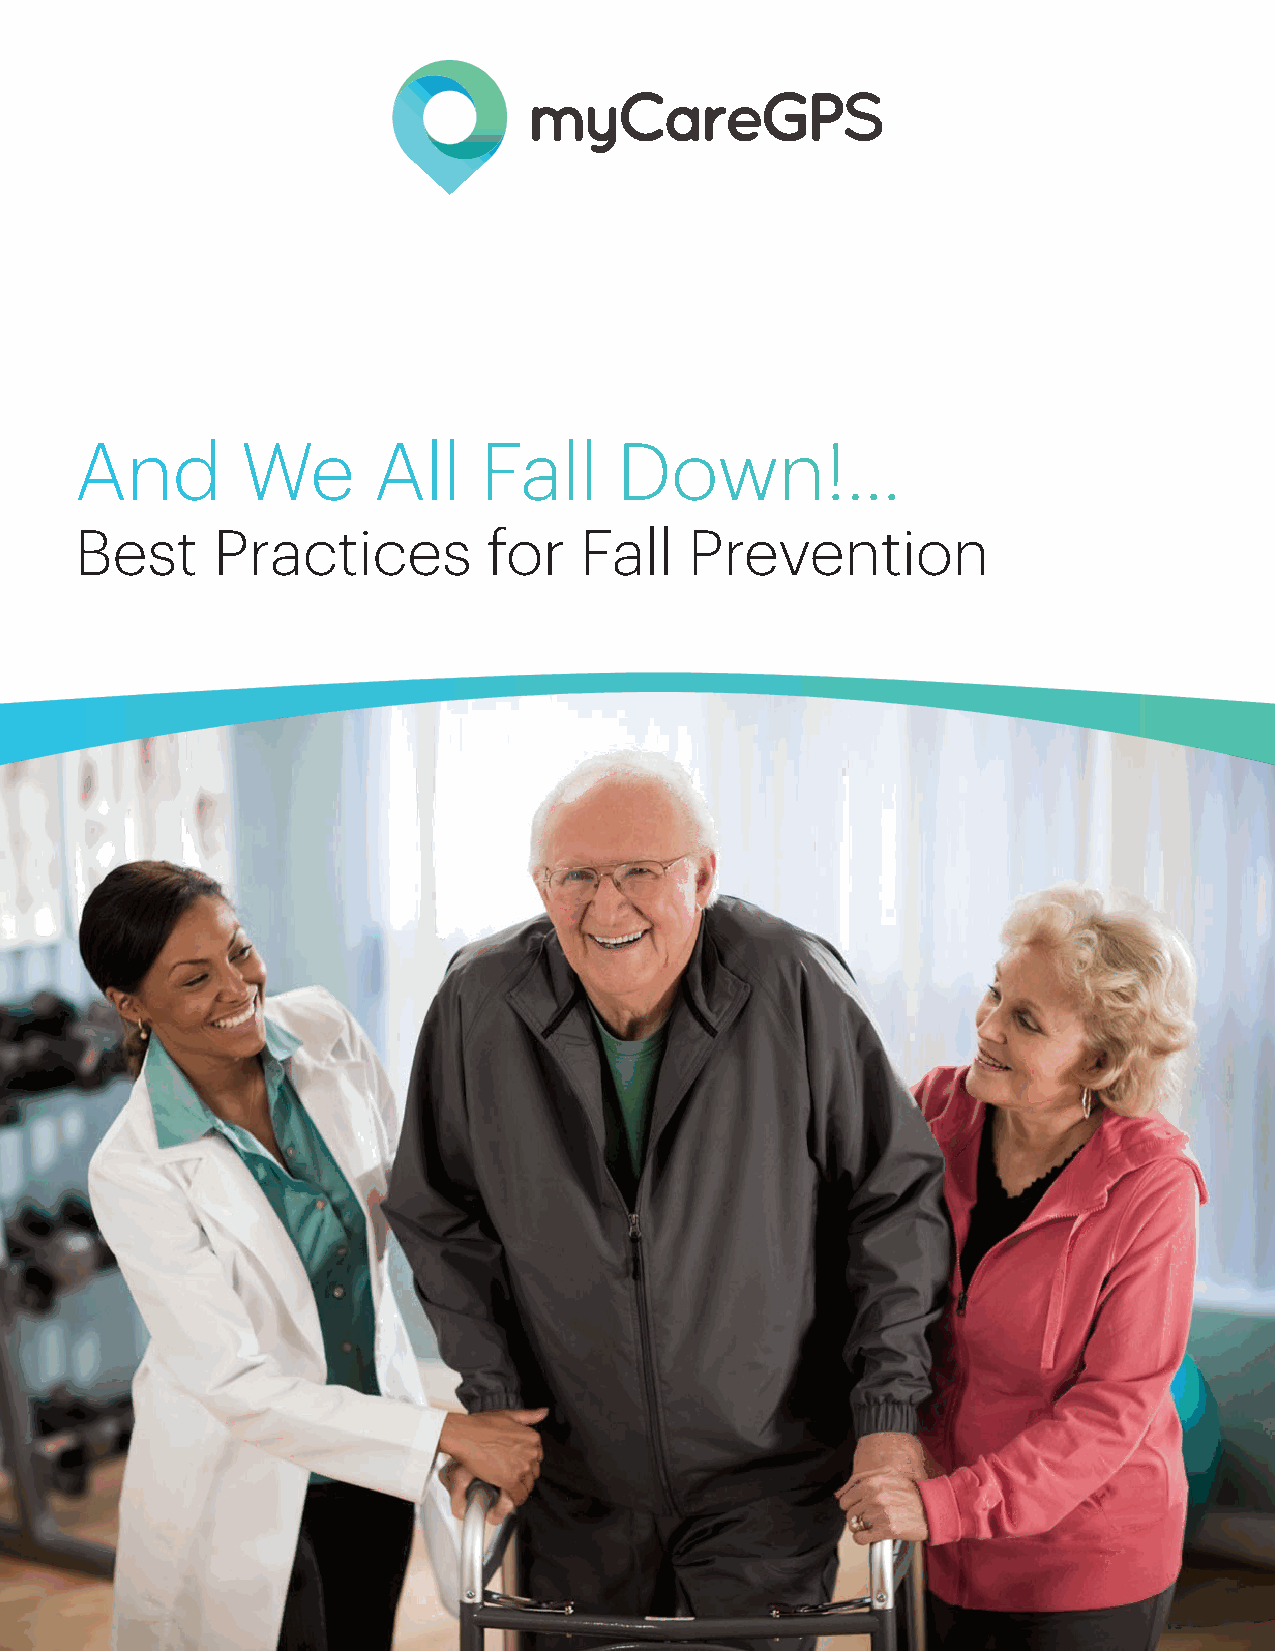
And        We       All    Fall     Down!...
 Best     Practices         for   Fall    Prevention